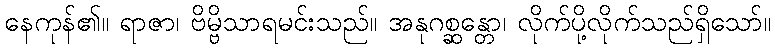
နေကုန်၏။ ရာဇာ၊ ဗိမ္ဗိသာရမင်းသည်။ အနုဂစ္ဆန္တော၊ လိုက်ပို့လိုက်သည်ရှိသော်။